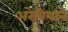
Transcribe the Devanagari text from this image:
अरेबियाने